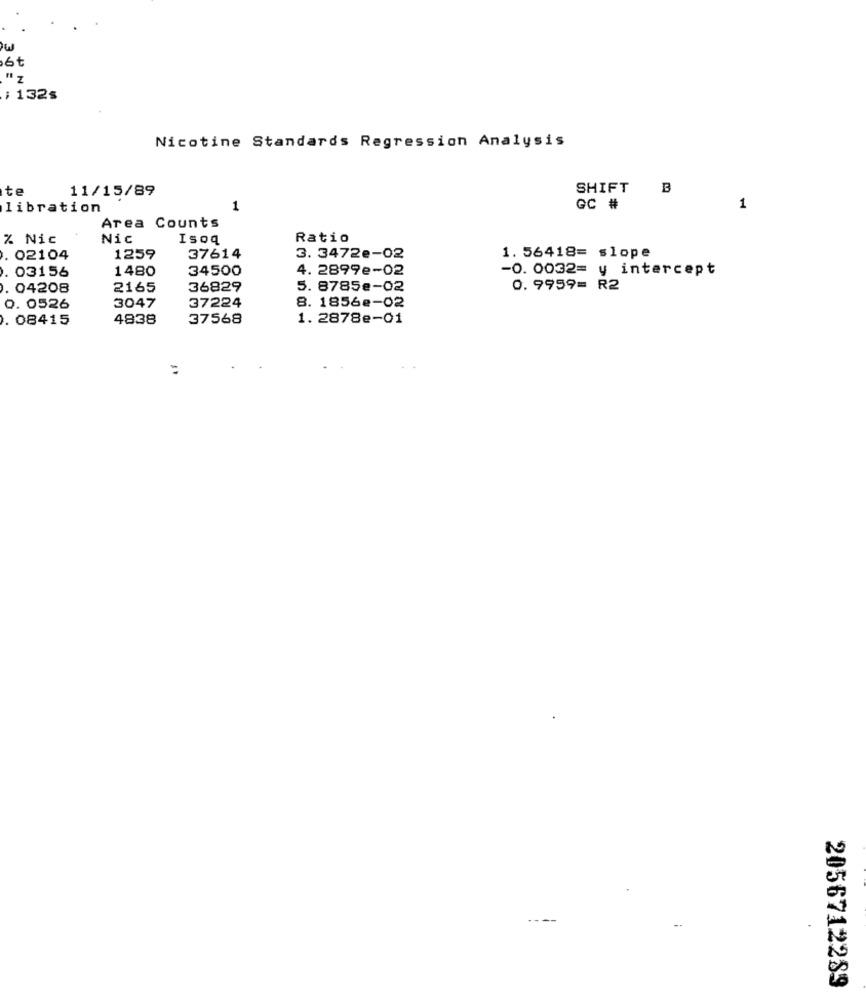
6t
" z
: 132s
Nicotine Standards Regression Analysis
te
11/15/89
SHIFT B
libration
1
GC #
1
Area Counts
% Nic
Nic
Isoq
Ratio
. 02104
1259
37614
3. 3472e-02
1. 56418= slope
34500
4. 2899e-02
-0. 0032= y intercept
03156
1480
04208
2165
36829
5. 8785e-02
0.9959= R2
3047
8. 1856e-02
0. 0526
37224
. 08415
4838
37568
1. 2878e-01
=
2056712289